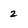
Character: 2